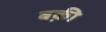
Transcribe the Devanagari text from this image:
बक़ी